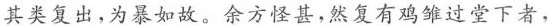
其类复出，为暴如故。余方怪甚，然复有鸡雏过堂下者，